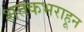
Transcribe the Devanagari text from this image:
शतकभराहून